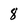
Character: 8